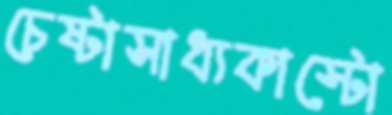
চেষ্টাসাধ্যকাস্টো